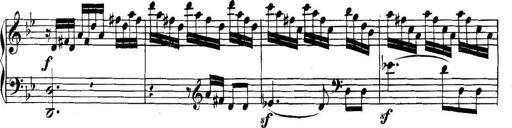
Title: Collected Piano Sonatas
Composer: Muzio Clementi